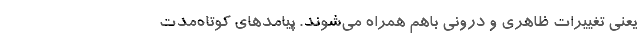
یعنی تغییرات ظاهری و درونی باهم همراه می‌شوند. پیامدهای کوتاه‌مدت